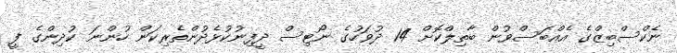
ނެކްސްބިޒްގެ އެއްބަސްވުން ބާތިލްކޮށް 14 ދުވަހުގެ ނޯޓިސް ދީފިނުކުޅެދުންތެރިކަން ހުންނަ ކުދިންގެ ފީ